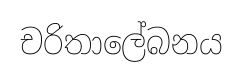
චරිතාලේබනය